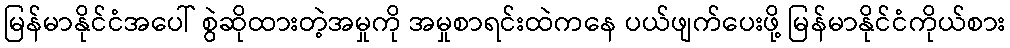
မြန်မာနိုင်ငံအပေါ် စွဲဆိုထားတဲ့အမှုကို အမှုစာရင်းထဲကနေ ပယ်ဖျက်ပေးဖို့ မြန်မာနိုင်ငံကိုယ်စား